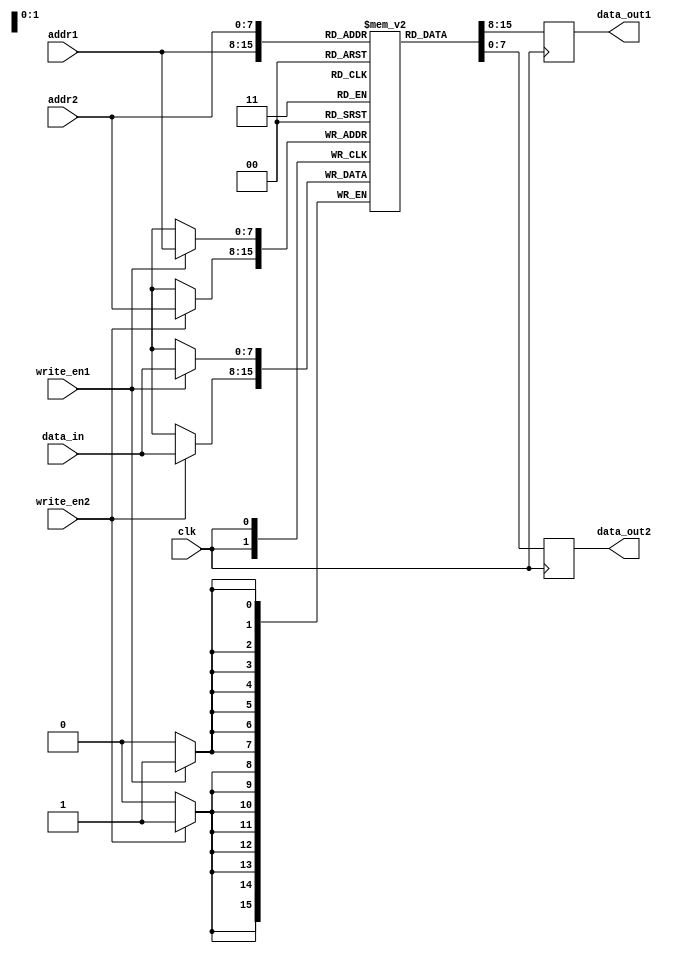
module dual_port_ram (
    input wire clk,
    input wire [7:0] addr1,
    input wire [7:0] addr2,
    input wire [7:0] data_in,
    input wire write_en1,
    input wire write_en2,
    output reg [7:0] data_out1,
    output reg [7:0] data_out2
);

reg [7:0] mem [0:255];

always @(posedge clk) begin
    if (write_en1) mem[addr1] <= data_in;
    if (write_en2) mem[addr2] <= data_in;
    
    data_out1 <= mem[addr1];
    data_out2 <= mem[addr2];
end

endmodule